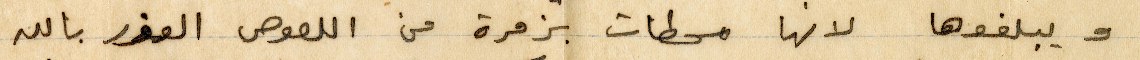
ويبلغوها لنها محطات بزمرة من اللصوص العوز بالله